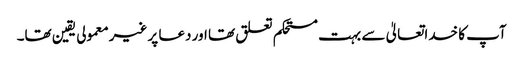
آپ کا خداتعالیٰ سے بہت مستحکم تعلق تھا اور دعا پر غیرمعمولی یقین تھا۔